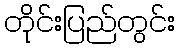
တိုင်းပြည်တွင်း